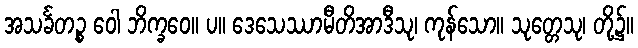
အသင်္ခတဉ္စ ဝေါ ဘိက္ခဝေ။ ပ။ ဒေသေဿာမီတိအာဒီသု၊ ကုန်သော။ သုတ္တေသု၊ တို့၌။